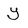
Character: y